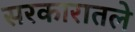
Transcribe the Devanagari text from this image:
सरकारातले